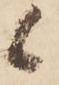
候